Civil Veterinary Department Bihar & Orissa reports 1929-36 - 1929-1936
Year: 1929
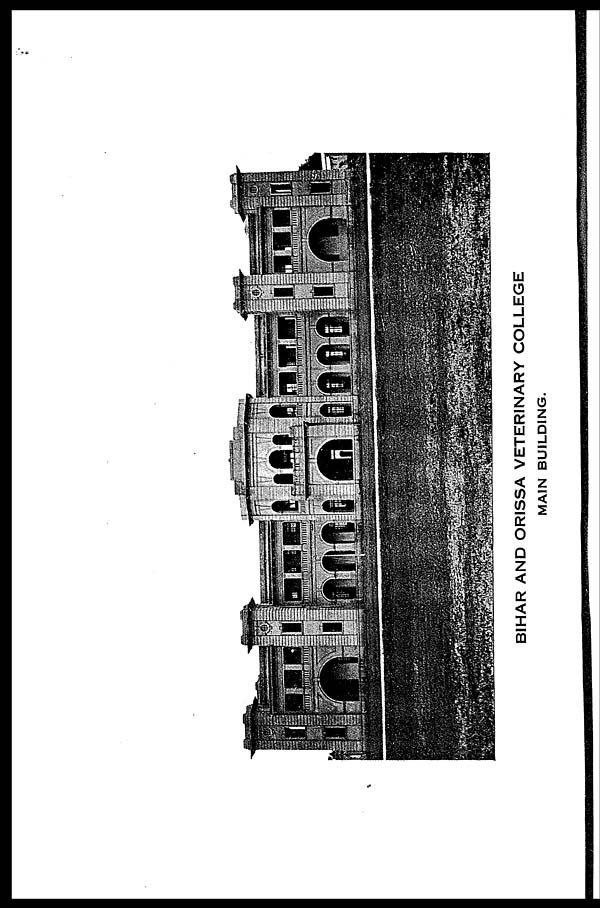
BIHAR AND ORISSA VETERINARY COLLEGE
MAIN BUILDING.